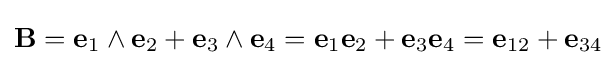
\mathbf {B} =\mathbf {e} _{1}\wedge \mathbf {e} _{2}+\mathbf {e} _{3}\wedge \mathbf {e} _{4}=\mathbf {e} _{1}\mathbf {e} _{2}+\mathbf {e} _{3}\mathbf {e} _{4}=\mathbf {e} _{12}+\mathbf {e} _{34}